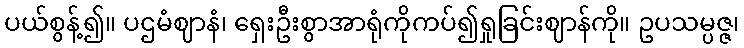
ပယ်စွန့်၍။ ပဌမံဈာနံ၊ ရှေးဦးစွာအာရုံကိုကပ်၍ရှုခြင်းဈာန်ကို။ ဥပသမ္ပဇ္ဇ၊